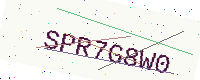
Text: SPR7G8W0